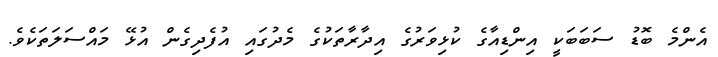
އެންމެ ބޮޑު ސަބަބަކީ އިންޑިއާގެ ކުޅިވަރުގެ އިދާރާތަކުގެ މެދުގައި އުފެދިގެން އުޅޭ މައްސަލަތަކެވެ.